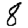
Digit: 8